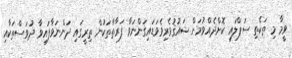
ވީމާ މި ތަކެތި ސަޕްލައި ކޮށްދެއްވުމަށް ޝައުޤުވެރިވެވަޑައިގަންނަވާ ފަރާތްތަކުން ތިރީގައި ދަންނަވާފައިވާ ދުވަސްތަކާއި